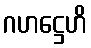
ဂဟဋ္ဌေဟိ